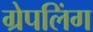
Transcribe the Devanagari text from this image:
ग्रेपलिंग